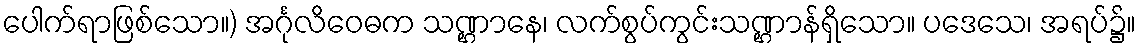
ပေါက်ရာဖြစ်သော။) အင်္ဂုလိဝေဓက သဏ္ဌာနေ၊ လက်စွပ်ကွင်းသဏ္ဌာန်ရှိသော။ ပဒေသေ၊ အရပ်၌။